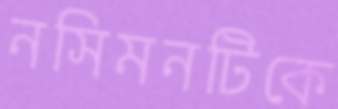
নসিমনটিকে